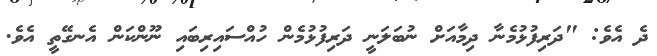
ދެ އެވެ: "ދަރިފުޅުމެނާ ދިމާއަށް ނުބަލަނީ ދަރިފުޅުމެން ހުއްސައިރިބައި ނޫންކަން އެނގޭތީ އެވެ.